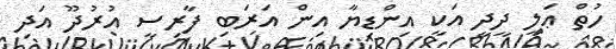
ހުތް ޢަލީ ދީދީ އަކީ އިންޑިޔާ އިން އަރަބި ފާރިސީ އުރުދޫ އަދި